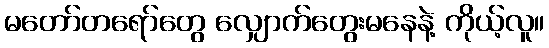
မတော်တရော်တွေ လျှောက်တွေးမနေနဲ့ ကိုယ့်လူ။